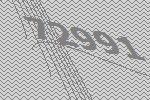
72991